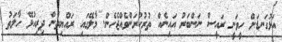
އަޅުގަނޑަށް ހީވަނީ ރައީސް ނަންބަރު އައިނެއް ތުރުކުރަންވެއްޖެހެން. މާލޭގައި ރައްޔިތުން ދިރިއުޅޭ ހާލަތު